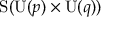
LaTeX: \mathrm { S } ( \mathrm { U } ( p ) \times \mathrm { U } ( q ) )